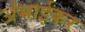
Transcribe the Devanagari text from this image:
अंभाईकर